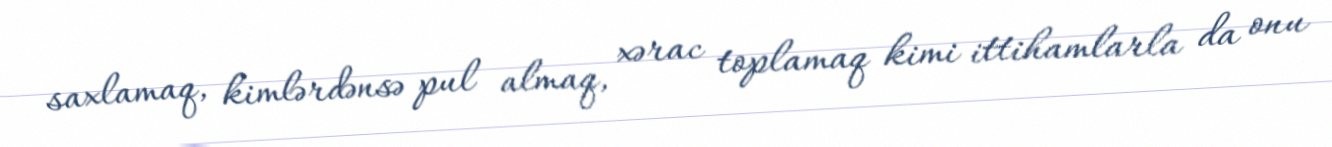
saxlamaq, kimlərdənsə pul almaq, xərac toplamaq kimi ittihamlarla da onu